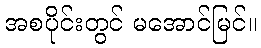
အစပိုင်းတွင် မအောင်မြင်။